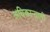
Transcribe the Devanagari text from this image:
अधिकार्‍यानी